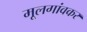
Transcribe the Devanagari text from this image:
मूलगांवकर